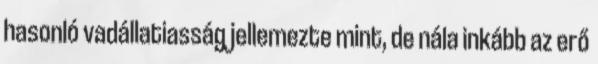
hasonló vadállatiasság jellemezte mint, de nála inkább az erő